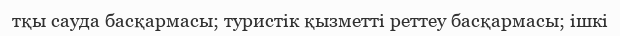
тқы сауда басқармасы; туристік қызметті реттеу басқармасы; ішкі